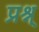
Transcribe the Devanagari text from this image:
प्रश्न्